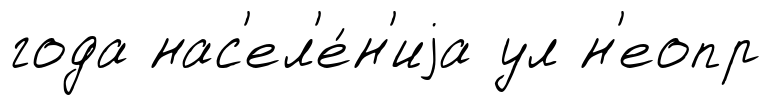
года нас'ел'е́н'иjа ул н'еопр